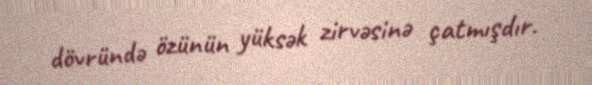
dövründə özünün yüksək zirvəsinə çatmışdır.